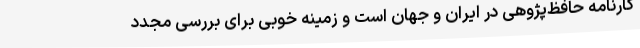
کارنامه‌ حافظ‌پژوهی در ایران و جهان است و زمینه‌ خوبی برای بررسی مجدد